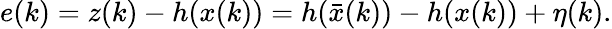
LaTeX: e(k)=z(k)-h(x(k))=h(\bar{x}(k))-h(x(k))+\eta(k).